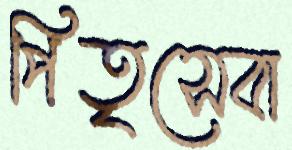
পিতৃসেবা